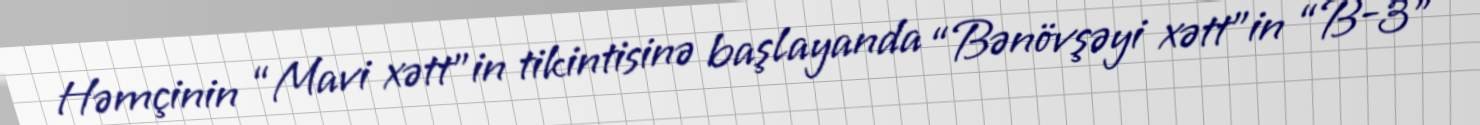
Həmçinin “Mavi xətt”in tikintisinə başlayanda “Bənövşəyi xətt”in “B-3”